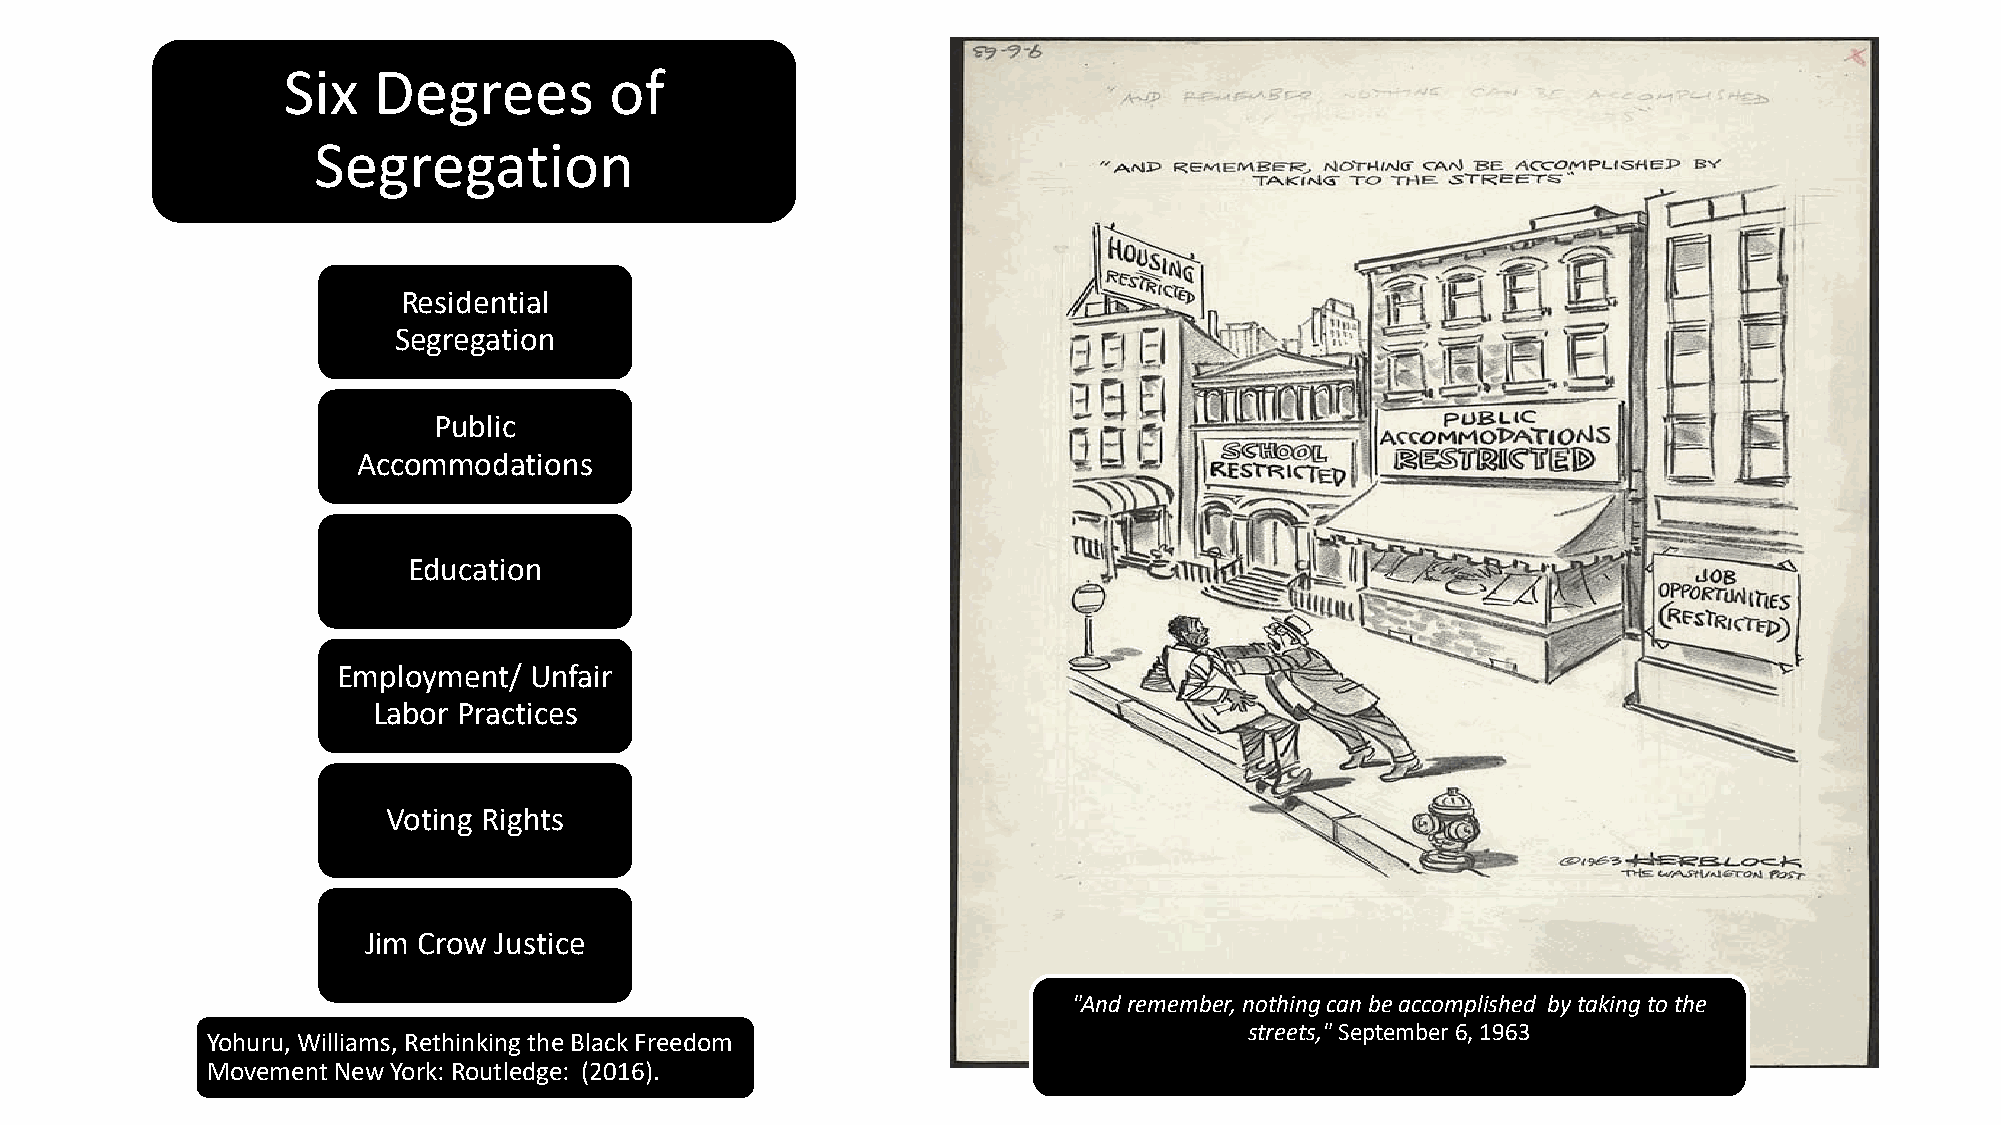
Six   Degrees        of
 Segregation
 Residential
 Segregation
 Public
 Accommodations
 Education
 Employment/  Unfair
 Labor Practices
 Voting Rights
 Jim Crow Justice
 "And remember, nothing can be accomplished by taking to the
 streets,"September 6, 1963
 Yohuru, Williams, Rethinking the Black Freedom
 Movement New York: Routledge: (2016).